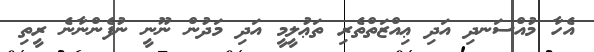
އެހާ މުއްސަނދި އަދި ޢިއްޒަތްތެރި ތަޢުލީމީ އަދި މަދުން ނޫނީ ނުފެންނާނެ ރީތި